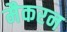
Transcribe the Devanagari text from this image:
मैकरन